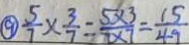
\textcircled { 9 } \frac { 5 } { 7 } \times \frac { 3 } { 7 } = \frac { 5 \times 3 } { 7 \times 7 } = \frac { 1 5 } { 4 9 }